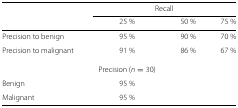
<table><thead><tr><td>[EMPTY_CELL]</td><td colspan="3"><b>Recall</b></td></tr><tr><td>[EMPTY_CELL]</td><td><b>25 %</b></td><td><b>50 %</b></td><td><b>75 %</b></td></tr></thead><tbody><tr><td>Precision to benign</td><td>95 %</td><td>90 %</td><td>70 %</td></tr><tr><td>Precision to malignant</td><td>91 %</td><td>86 %</td><td>67 %</td></tr><tr><td>[EMPTY_CELL]</td><td>Precision (<i>n</i>=30)</td><td>[EMPTY_CELL]</td><td>[EMPTY_CELL]</td></tr><tr><td>Benign</td><td>95 %</td><td>[EMPTY_CELL]</td><td>[EMPTY_CELL]</td></tr><tr><td>Malignant</td><td>95 %</td><td>[EMPTY_CELL]</td><td>[EMPTY_CELL]</td></tr></tbody></table>